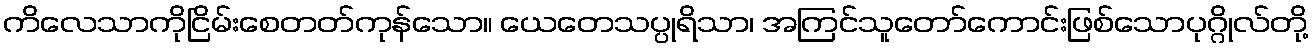
ကိလေသာကိုငြိမ်းစေတတ်ကုန်သော။ ယေတေသပ္ပုရိသာ၊ အကြင်သူတော်ကောင်းဖြစ်သောပုဂ္ဂိုလ်တို့